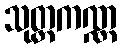
သုတ္တကဏ္ဏ